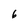
Character: 6